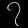
Digit: ၇